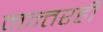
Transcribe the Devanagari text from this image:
नन्तरही